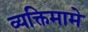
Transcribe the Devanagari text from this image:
व्यक्तिमामे